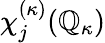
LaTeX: \chi_{j}^{(\kappa)}(\mathbb{Q}_{\kappa})